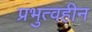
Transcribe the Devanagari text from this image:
प्रभुत्वहीन